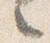
々